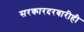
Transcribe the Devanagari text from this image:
सरकारदरबारीही